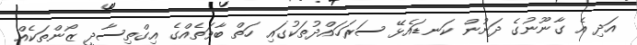
އަދި އެ ގާނޫނުގެ ދަށުން ކަނޑައެޅޭ ސަރަހައްދުތަކުގައި ހަތް ބާވަތެއްގެ އިގްތިސާދީ ޒޯންތަކެއް